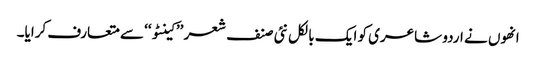
انھوں نے اردو شاعری کو ایک بالکل نئی صنف شعر ’’ کینٹو‘‘ سے متعارف کرایا۔